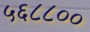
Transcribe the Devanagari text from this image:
५६८८००